Medical and sanitary report of the native army of Bengal for the year
Year: 1877
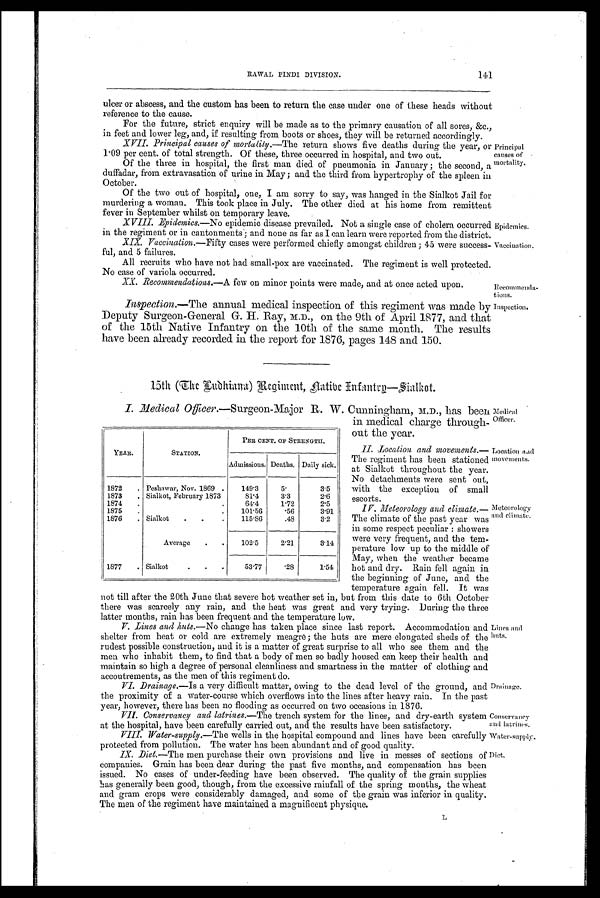
Epidemics.
Vaccination.
Recommenda-
tions.
Inspection.
141
RAWAL PINDI DIVISION.
ulcer or abscess, and the custom has been to return the case under one of these heads withou
t reference to the cause.
For the future, strict enquiry will be made as to the primary causation of all sores, &c.,
in feet and lower leg, and, if resulting from boots or shoes, they will be returned accordingly.
XVII. Principal causes of mortality.—The return shows five deaths during the year, or
1.09 per cent. of total strength. Of these, three occurred in hospital, and two out.
Of the three in hospital, the first man died of pneumonia in January; the second,
a duffadar, from extravasation of urine in May; and the third from hypertrophy of the spleen it
October.
Of the two out of hospital, one, I am sorry to say, was hanged in the Sialkot Jail for
murdering a woman. This took place in July. The other died at his home from remittent
fever in September whilst on temporary leave.
XVIII. Epidemics.—No epidemic disease prevailed. Not a single case of cholera occurred
in the regiment or in cantonments; and none as far as I can learn were reported from the district.
XIV. Vaccination.—Fifty cases were performed chiefly amongst children; 45 were success-
ful, and 5 failures.
All recruits who have not had small-pox are vaccinated. The regiment is well protected
No case of variola occurred.
XX. Recommendations.—A few on minor points were made, and at once acted upon.
Inspection.—The annual medical inspection of this regiment was made by
Deputy Surgeon-General G. H. Ray, M.D., on the 9th of April 1877, and that
of the 15th Native Infantry on the 10th of the same month. The results
have been already recorded in the report for 1876, pages 148 and 150.
Principal
causes of
mortality.
15th (The Ludhiana) Regiment, Aatibe Infantry-Sialkot.
I. Medical Officer.—Surgeon-Major R. W . Cunningham, M.D., has been
in medical charge through-
out the year.
II. location and movements.—
The regiment has been stationed
at Sialkot throughout the year.
No detachments were sent out,
with the exception of small
escorts.
IV. Meteorology and climate.—
The climate of the past year was
in some respect peculiar: showers
were very frequent, and the tem-
perature low up to the middle of
May, when the weather became
hot and dry. Rain fell again in
the beginning of June, and the
temperature again fell. It was
not till after the 20th June that severe hot weather set in, but from this date to 6th October
there was scarcely any rain, and the heat was great and very trying. During the three
latter months, rain has been frequent and the temperature low.
V. Lines and huts.—No change has taken place since last report. Accommodation and
shelter from heat or cold are extremely meagre; the huts are mere elongated sheds of the
rudest possible construction, and it is a matter of great surprise to all who see them and the
men who inhabit them, to find that a body of men so badly housed can keep their health and
maintain so high a degree of personal cleanliness and smartness in the matter of clothing and
accoutrements, as the men of this regiment do.
VI. Drainage.—Is a very difficult matter, owing to the dead level of the ground, and
the proximity of a water-course which overflows into the lines after heavy rain. In the past
year, however, there has been no flooding as occurred on two occasions in 1876.
VII. Conservancy and latrines. —The trench system for the lines, and dry-earth system
at the hospital, have been carefully carried out, and the results have been satisfactory.
VIII. Water-supply .—The wells in the hospital compound and lines have been carefully
protected from pollution. The water has been abundant and of good quality.
IX. Diet. —The men purchase their own provisions and live in messes of sections of
companies. Grain has been dear during the past five months, and compensation has been
issued. No cases of under-feeding have been observed. The quality of the grain supplies
has generally been good, though, from the excessive rainfall of the spring months, the wheat
and gram crops were considerably damaged, and some of the grain was inferior in quality.
The men of the regiment have maintained a magnificent physique.
YEAR.
STATION.
PER CENT. OF STRENGTH,
Admissions. Deaths. Daily sick.
1872
. Peshawar, Nov. 1869 .
149.3
5.
3.5
1873
. Sialkot, February 1873
81.4
3.3
2.6
1874
.
64.4
1.72
2.5
1875
.
.
101.56
.56
3.91
1876
. Sialkot
.
.
.
115.86
.48
3.2
Average
.
102.5
2.21
3.14
1877
. Sialkot
.
.
.
53.77
.28
1.54
Medical
Officer.
Location and
movements.
Meteorology
and climate.
Lines and
huts.
Drainage.
Conservancy
and latrines.
Water-supply.
Diet,
L